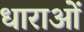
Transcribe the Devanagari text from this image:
धाराआें